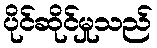
ပိုင်ဆိုင်မှုသည်